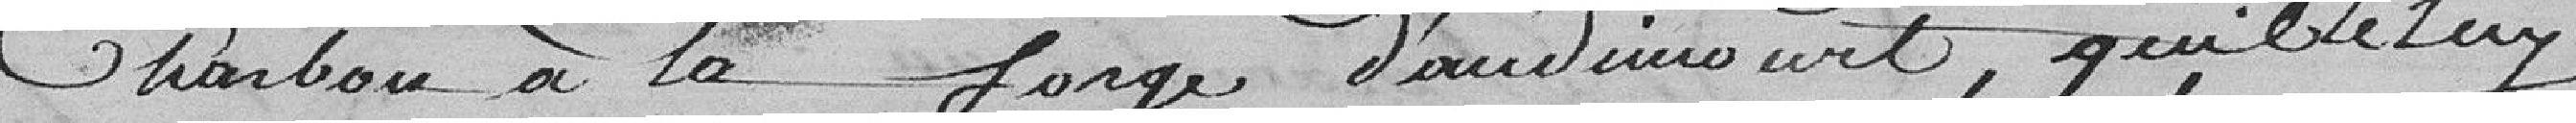
charbon à la forge d'Audincourt, qu'il le luy